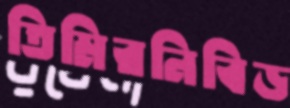
তিমিরনিবিড়